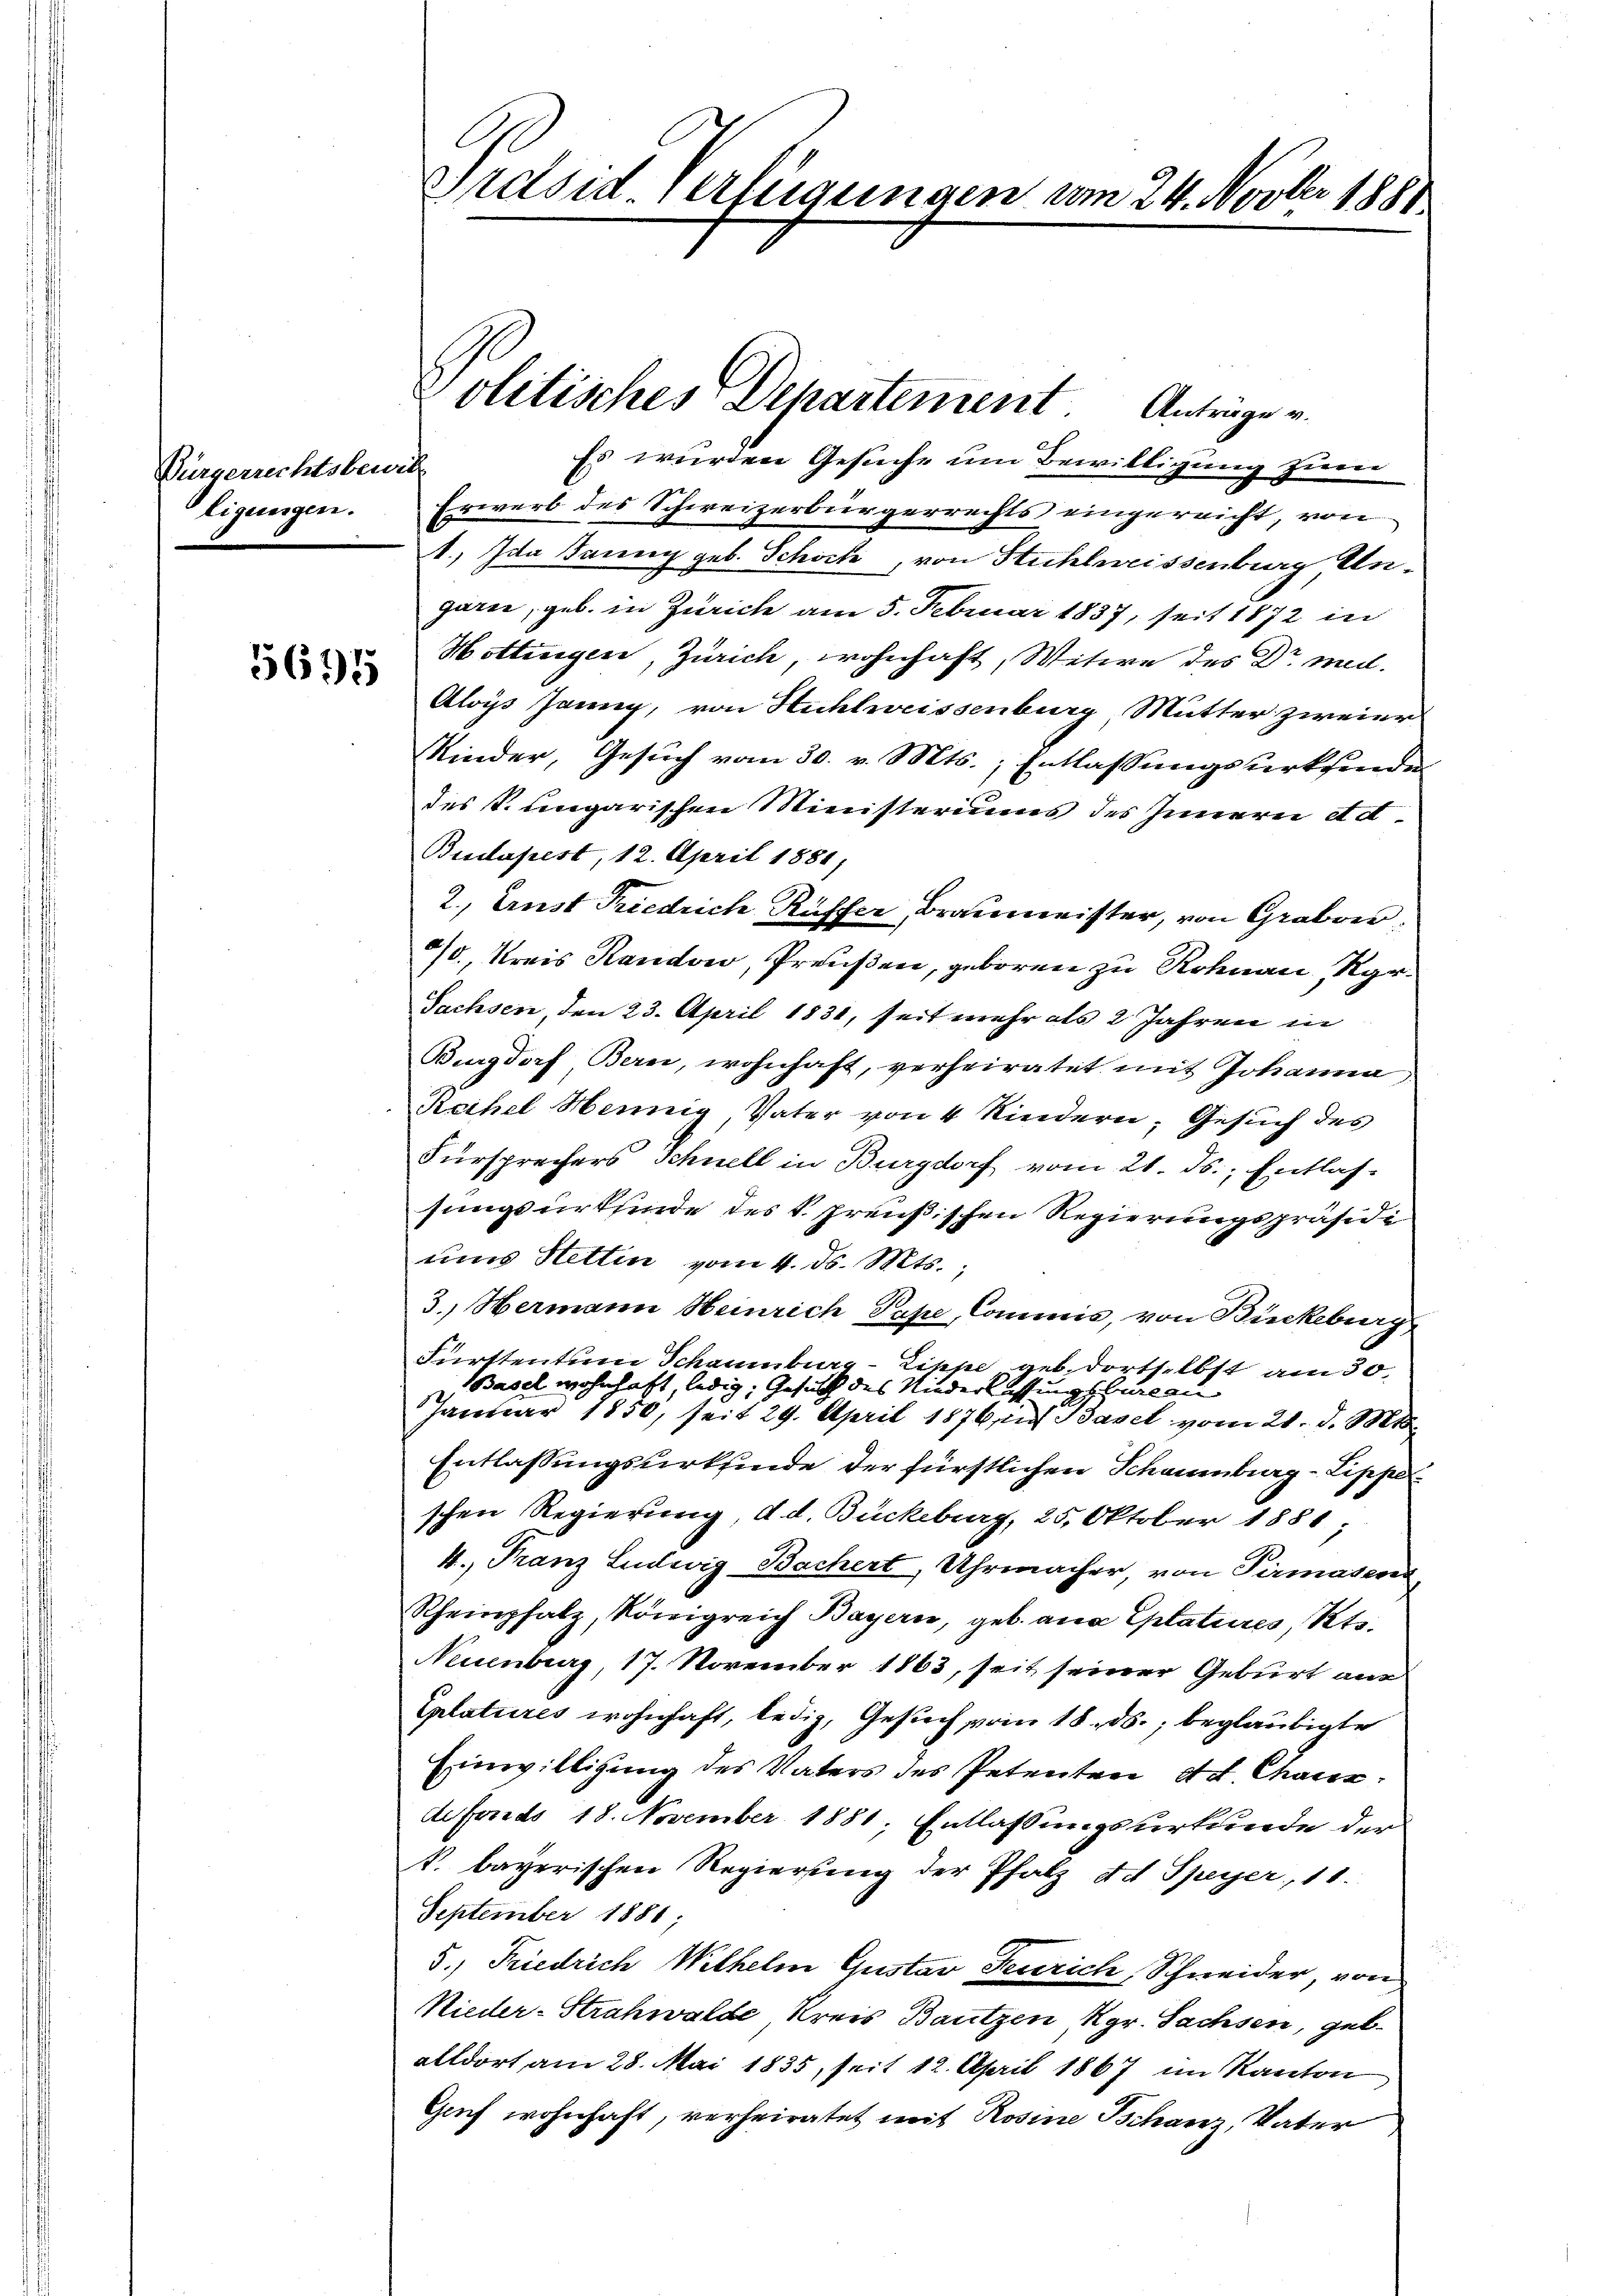
Bürgerrechtsbewill
ligungen.

5695

Es wurden Gesuche um Bewilligung zur
Erwerb des Schweizerbürgerrechts eingereicht, von
1., Ida Jaung geb. Schock, von Stuhlweissenburg Ungarn, geb. in Zürich am 5. Februar 1837, seit 1872 in
Hottingen, Zürich, wohnhaft, Witwe des Dr. med.
Aloys Janny, von Hühlweissenburg Mutter zweier
Kinder, Gesuch vom 30. v. Mts., Entlassungswerksende
des S. ungarischen Ministeriums des Innerei Ad¬
Budapest, 12. April 1881,
2., Ernst Friedrich Rüffer, Braumeister, von Grabe
90, Kreis Randow, Preußen, geboren zu Rohnau, Ror¬
Sachsen, den 23. April 1831, seit mehr als 2 Jahren in
Burgdorf Bern, wohnhaft, verheiratet mit Johanna
Reifel Hennig, Vater von 4 Kindern, Gesuch des
Fürsprechers Schnell in Burgdorf vom 21. ds., Entlassungsurkfinde des V. preußischen Regierungspräsidi
ums Hettin vom 4. ds. Mts.
3. Hermann Heinrich Pape, Commis, von Bückeburg
Fürstentum Schaumburg Zippe, geb. dortselbst am 30.
Basel wohnhaft, ledig, Gesuch des Niederlassungsbureau
Januar 1850, seit 29. April 1876 in Basel vom 21. d. Mts.
Entlassungsurkfinde der fürstlichen Schaumburg - Lippeschen Regierung d. d. Bückeburg, 25. Oktober 1881;
4., Franz Ludwig Bachert, Uhrmacher, von Pirmasens
Rheinpfalz, Königreich Bayern, geb. an Eptatieres, Rts.
Neuenburg, 17. November 1863, seit seiner Geburt aus
Eplatures wohnhaft, ledig, Gesuch vom 18. ds., beglaubigte
Einwilligung des Vaters des Petenten etc. Chaux
defonds 18. November 1881, Entlassungsurkunde der
k. bayerischen Regierung der Pfalz de Speyer, 11.
September 1881;
5.) Friedrich Wilhelm Gustav Feurich, Schneider, von
Nieder-Strahwalde Kreis Bautzen, Kgr. Sachsen, geb.
alldort am 28. Mai 1835, seit 12. April 1867 im Kanton
Genf wohnhaft, verheiratet mit Rosine Schanz, Vater

Präsid. Verfügungen am 24. Novber 1881.

Politisches Departement Antrage v.